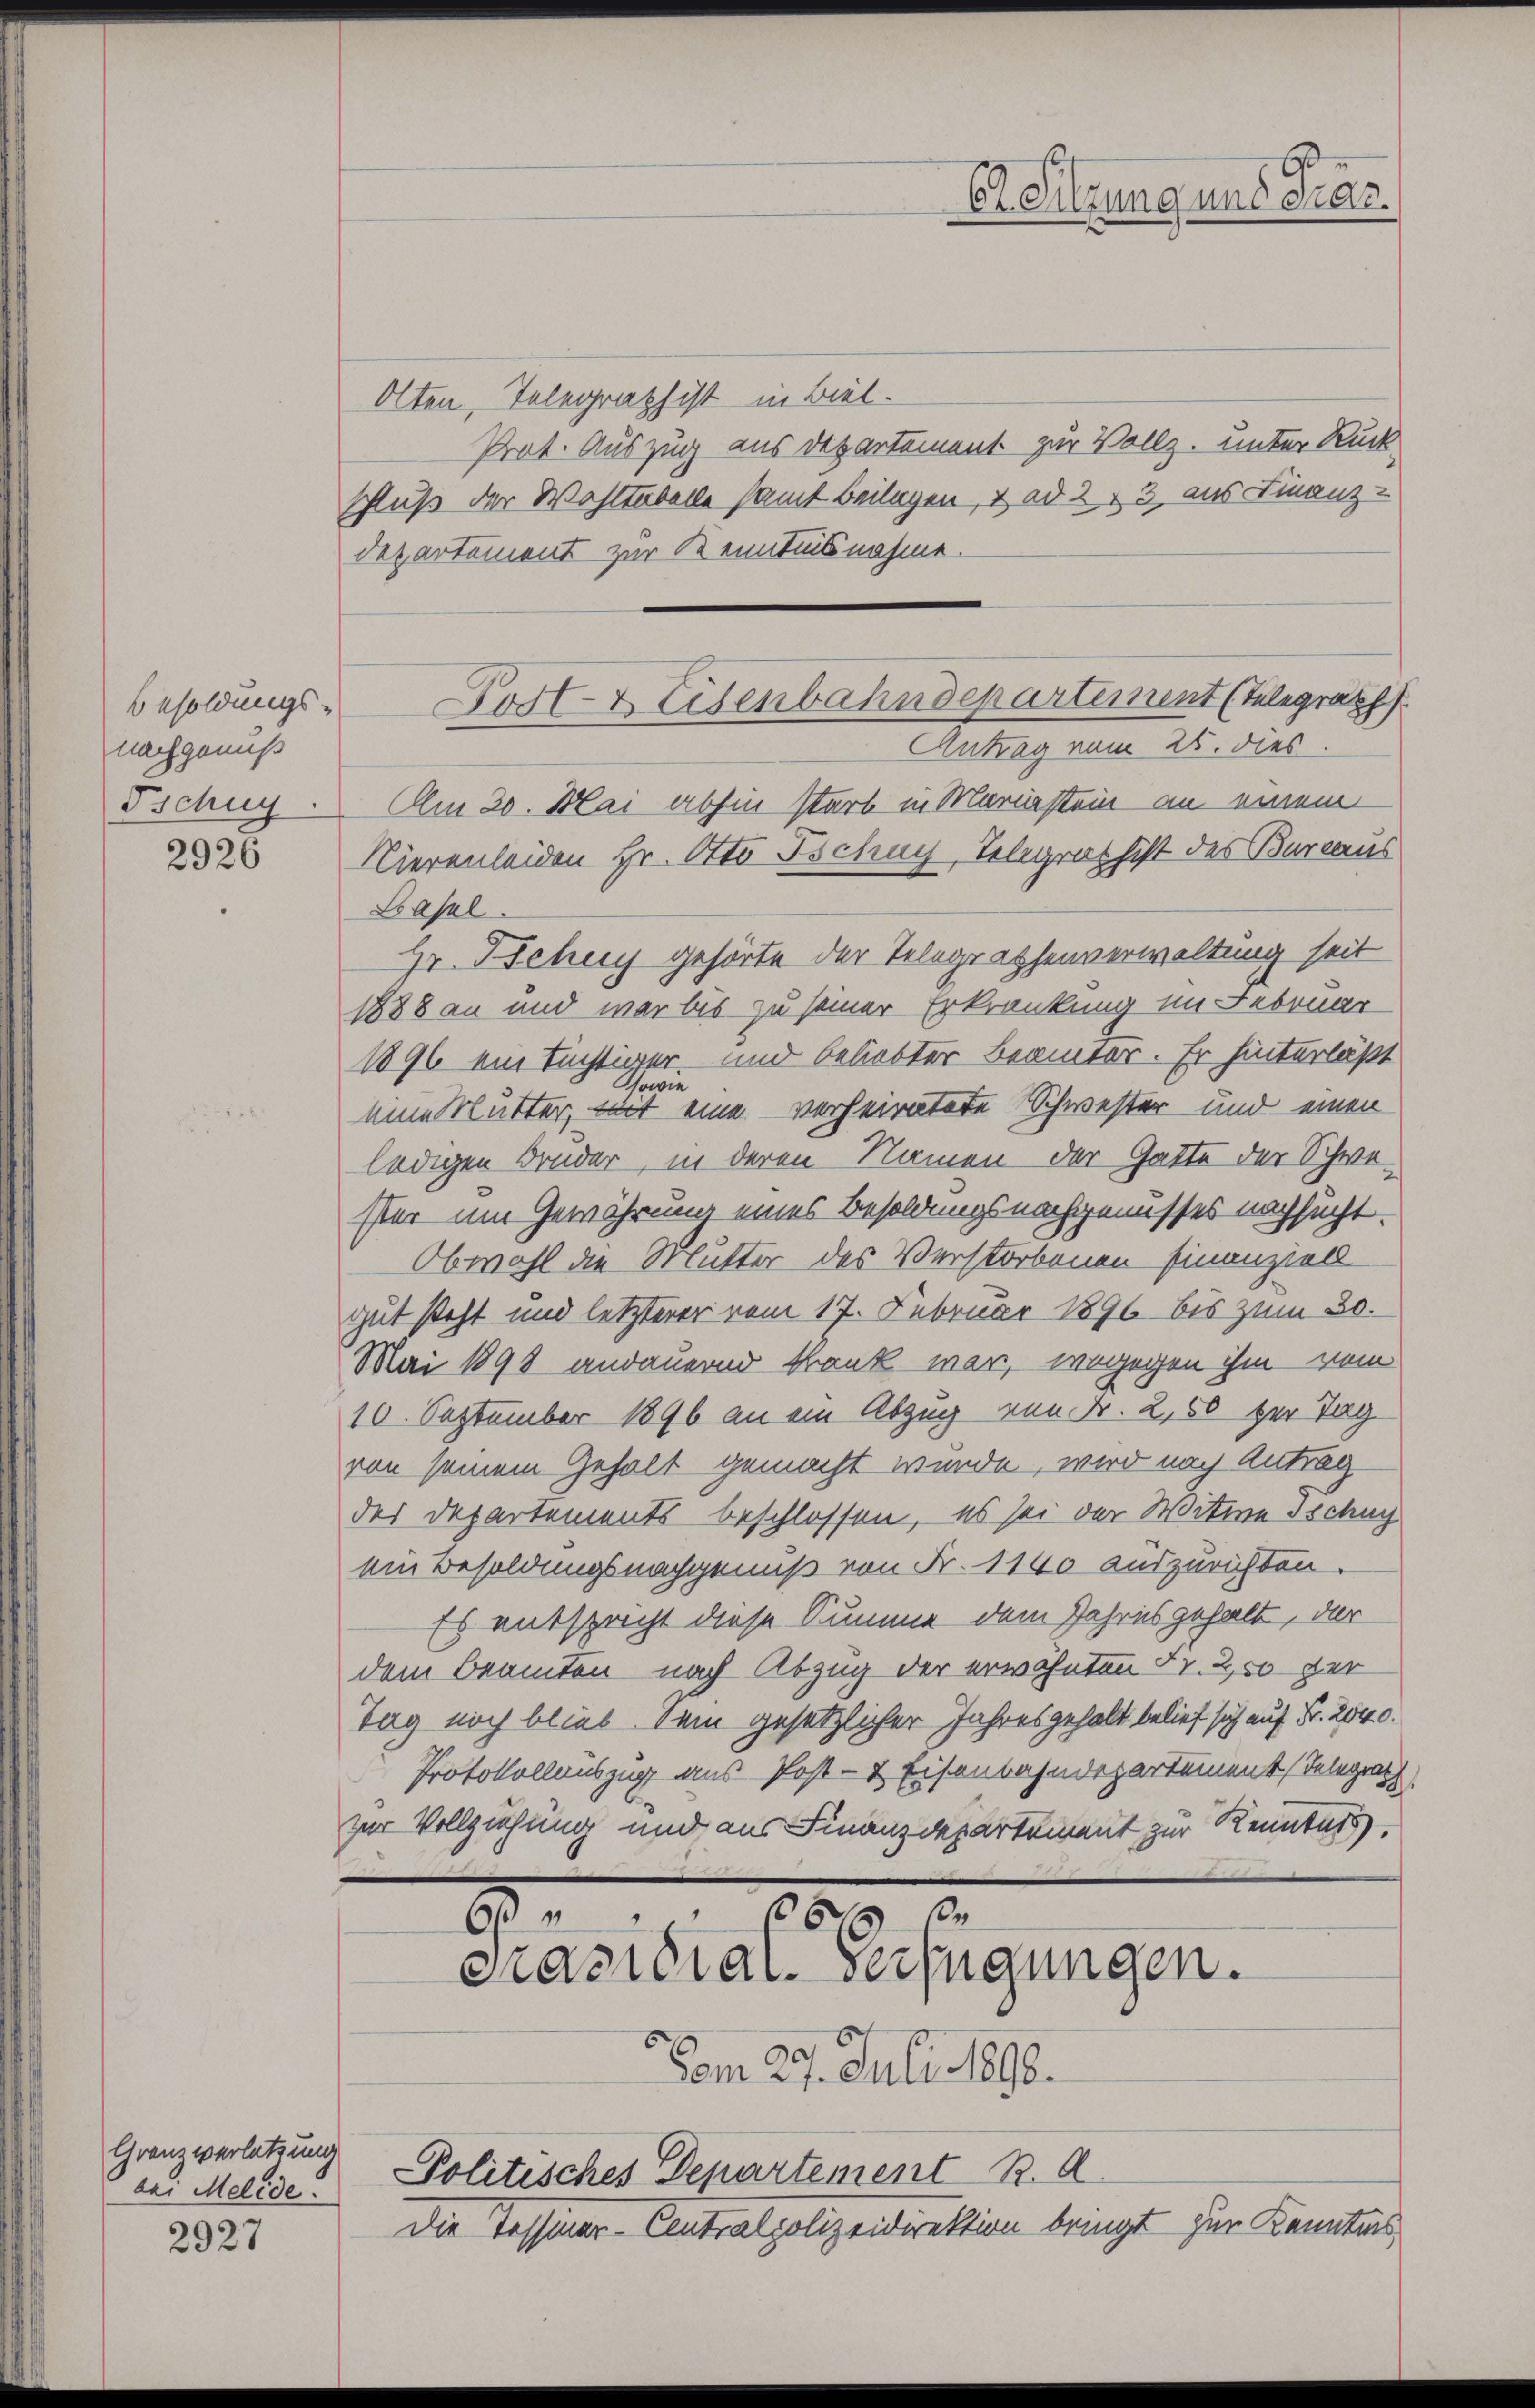
Besoldungsnachgenuß
Tschuy

2926

Granz verletzung
bei Melide.
2927

Olten, Telegraphist in Biel.
Prat. Auszug aus Departement zur Vollz. unter Rück
schluß der Wohltabelle samt Beilagen, & ad 2, 3, aus Finanz-
Departement zur Kenntnisnahme.
Antrag vom 26. dies
Am 20. Mai abhin starb in Mariastein an einem
Nierenleiden Hr. Otto Tschuy, Telegrathist des Bureaus
Lasel.
Hr. Fichy gehörte der Telegraphenverwaltung seit
1888 an und war bis zu seiner Erkrankung im Februar
1896 ein tüchtiger und beliebter Beamter. Er hinterläßt
eine Mutter, mit eine verheiratete Schwester und einen
ledigen Bruder, in deren Namen der Gatte der Schwesher um Gewährung eines Besoldungsnachgenusses nachsucht.
Obwohl die Mutter des Verstorbenen Finanziell
gut steht und letzterer vom 17. Februar 1896 bis zum 30.
Mai 1898 andauernd Krank war, wogegen ihm vom
10. September 1896 an ein Abzug von Fr. 250 zur Tag
von seinem Gehalt gemacht wurde, wird nach Antrag
des Departements beschlossen, es sei der Witwe Ischuy
ein Besoldungsnachgenuß von Fr. 1140 auszurichten.
Es entsprecht diese Summe dem Jahres gehalt, der
dem Beamten nach Abzug der erwähnten Fr. 250 der
Tag noch blieb Dein gesetzlicher Jahresgehalt belief sich auf Fr. 2540.
Protokollauszug aus Post- & Eisenbahndepartement Telegraph
zur Vollziehung und aus Finanzdepartement zur Kenntnis
6.
9

Er Sitzung und Präs.

Post- & Eisenbahndepartement (Telegraph

Präsidial-Verfügungen.

Vom 29. Juli 1890.
Politisches Departement R. A
Die Tessiner-Antralpolizeidirektion bringt zur Kenntnis,